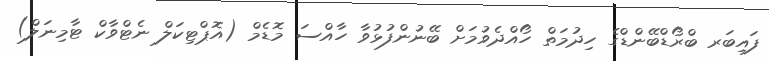
ފައިބަރ ބްރޯޑްބޭންޑްގެ ހިދުމަތް ހޯއްދެވުމަށް ބޭނުންފުޅުވާ ހާއްސަ މޮޑެމް (އޮޕްޓިކަލް ނެޓްވާކް ޓާމިނަލް)